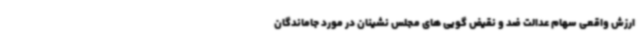
ارزش واقعی سهام عدالت ضد و نقیض گویی های مجلس نشینان در مورد جاماندگان